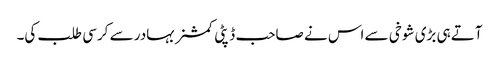
آتے ہی بڑی شوخی سے اس نے صاحب ڈپٹی کمشنر بہادر سے کرسی طلب کی۔